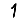
Digit: 1